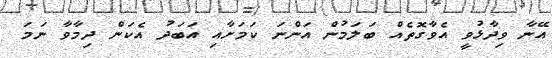
އޭނާ ވިދާޅުވީ އެވާގޮތެއް ބަލަމުން އަންނަ ކަމަށާއި އަބަދު އެކަން ދިމާވާ ނަމަ